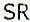
SR